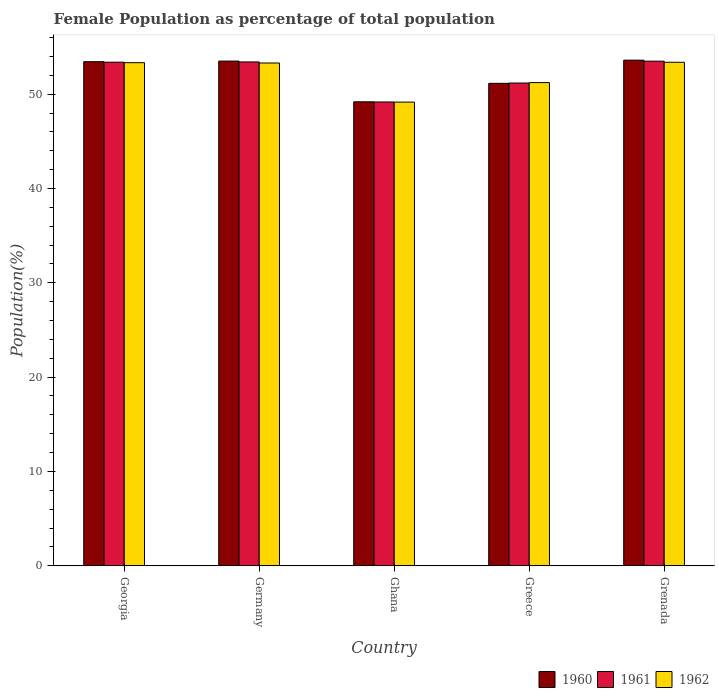
| Country | 1960 | 1961 | 1962 |
 | --- | --- | --- | --- |
 | Georgia | 53.4 | 53.4 | 53.3 |
 | Germany | 53.5 | 53.4 | 53.3 |
 | Ghana | 49.2 | 49.2 | 49.2 |
 | Greece | 51.1 | 51.2 | 51.2 |
 | Grenada | 53.6 | 53.5 | 53.4 |